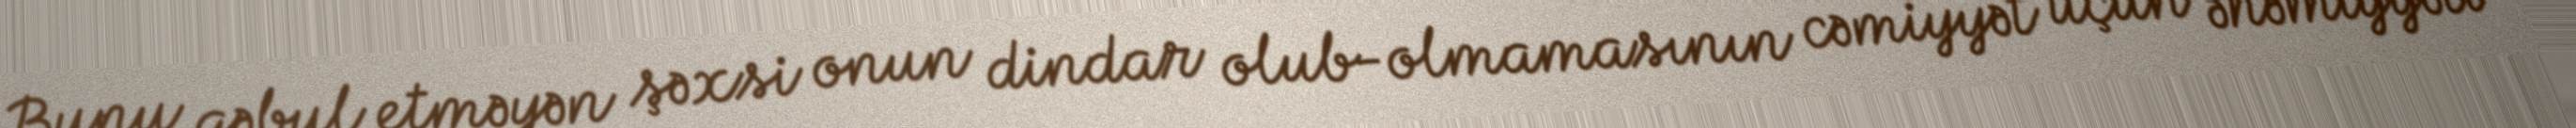
Bunu qəbul etməyən şəxsi onun dindar olub-olmamasının cəmiyyət üçün əhəmiyyəti